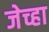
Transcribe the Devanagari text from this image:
जेच्हा